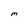
Character: M